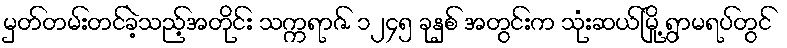
မှတ်တမ်းတင်ခဲ့သည့်အတိုင်း သက္ကရာဇ် ၁၂၄၅ ခုနှစ် အတွင်းက သုံးဆယ်မြို့ ရွာမရပ်တွင်